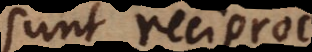
sunt reciprocae,